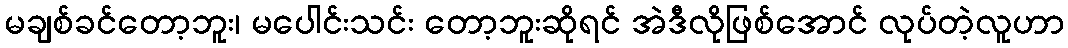
မချစ်ခင်တော့ဘူး၊ မပေါင်းသင်း တော့ဘူးဆိုရင် အဲဒီလိုဖြစ်အောင် လုပ်တဲ့လူဟာ